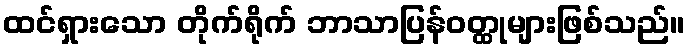
ထင်ရှားသော တိုက်ရိုက် ဘာသာပြန်ဝတ္ထုများဖြစ်သည်။